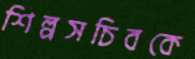
শিল্পসচিবকে